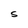
Character: S